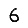
Digit: 6